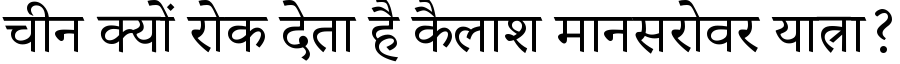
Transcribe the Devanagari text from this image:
चीन क्यों रोक देता है कैलाश मानसरोवर यात्रा?